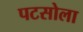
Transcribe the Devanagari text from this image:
पटसोला